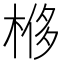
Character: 𣔢